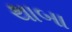
થાબા